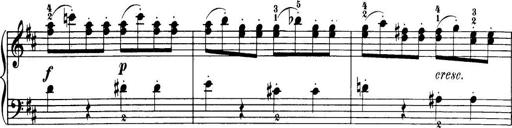
Title: 32 Sonatinas and Rondos for the Piano
Composer: Richard Kleinmichel